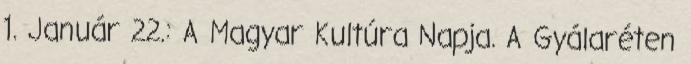
1. Január 22.: A Magyar Kultúra Napja. A Gyálaréten